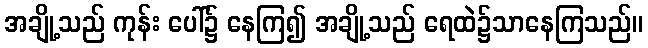
အချို့သည် ကုန်း ပေါ်၌ နေကြ၍ အချို့သည် ရေထဲ၌သာနေကြသည်။